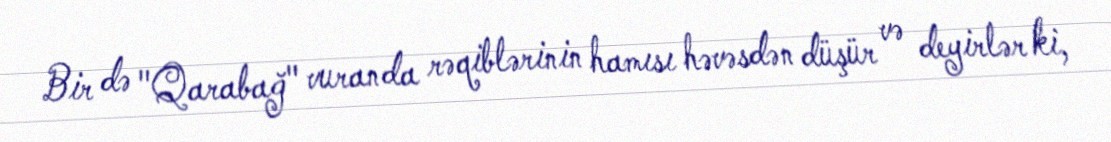
Bir də "Qarabağ" vuranda rəqiblərinin hamısı həvəsdən düşür və deyirlər ki,